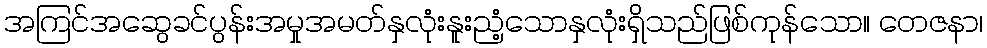
အကြင်အဆွေခင်ပွန်းအမှုအမတ်နှလုံးနူးညံ့သောနှလုံးရှိသည်ဖြစ်ကုန်သော။ တေဇနာ၊